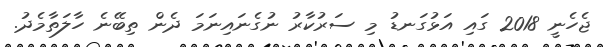
ޖެހެނީ 2018 ގައި އަޅުގަނޑު މި ސަރުކާރު ނުގެނައިނަމަ ދެން ތިބޭނެ ހާލަތާމެދު.